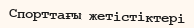
Спорттағы жетістіктері